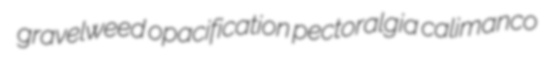
gravelweed opacification pectoralgia calimanco